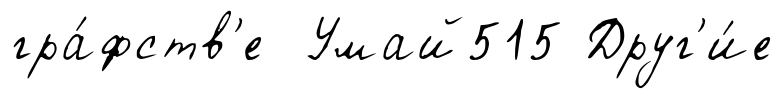
гра́фств'е Умай515 Друг'и́е